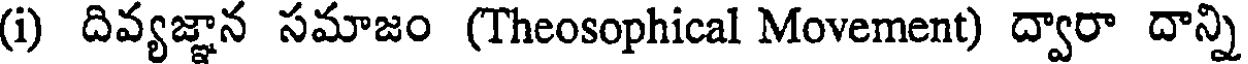
(i) దివ్యజ్ఞాన సమాజం (Theosophical Movement) ద్వారా దాన్ని